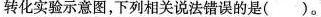
转化实验示意图，下列相关说法错误的是( )。